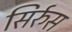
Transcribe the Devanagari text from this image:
सिर्रुस